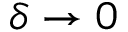
\delta \to 0